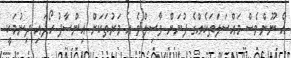
އެ ނޫންވެސް މައްސަލަތަކެއްގެ ފުނަށް ވާސިލްވެ އެ މަރުތަކަށް އިންސާފު ހޯދައި ދިނުމަކީ